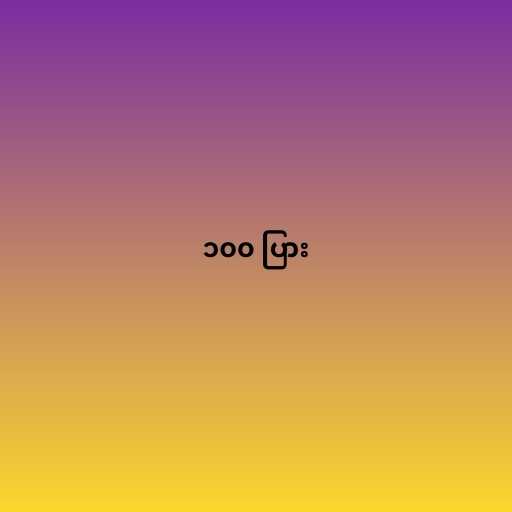
၁၀၀ ပြား